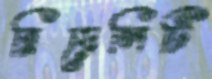
রিয়েলিটি